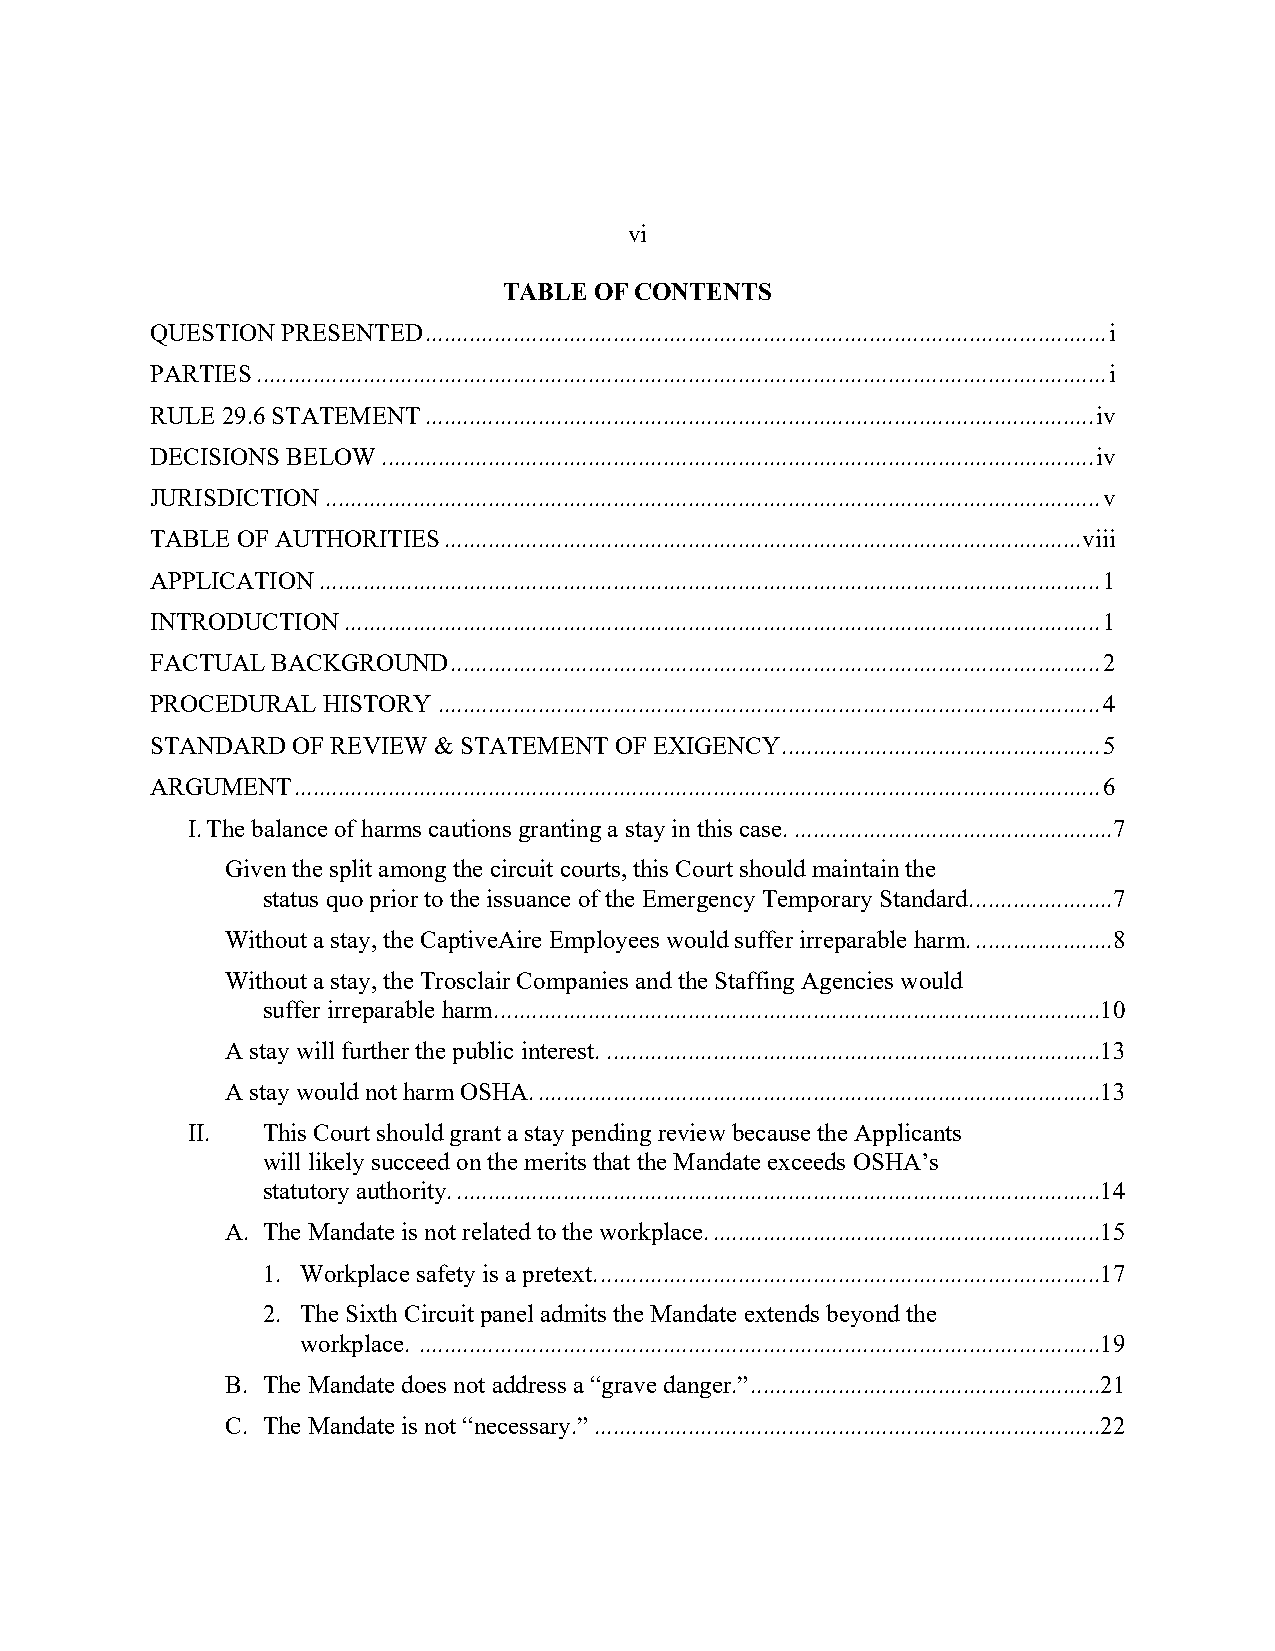
vi
 TABLE OF CONTENTS
 QUESTION PRESENTED ............................................................................................................. i
 PARTIES ........................................................................................................................................ i
 RULE 29.6 STATEMENT ........................................................................................................... iv
 DECISIONS BELOW .................................................................................................................. iv
 JURISDICTION ............................................................................................................................ v
 TABLE OF AUTHORITIES ...................................................................................................... viii
 APPLICATION ............................................................................................................................. 1
 INTRODUCTION ......................................................................................................................... 1
 FACTUAL BACKGROUND  ........................................................................................................ 2
 PROCEDURAL HISTORY .......................................................................................................... 4
 STANDARD OF REVIEW & STATEMENT OF EXIGENCY ................................................... 5
 ARGUMENT ................................................................................................................................. 6
 I. The balance of harms cautions granting a stay in this case. ...................................................7
 Given the split among the circuit courts, this Court should maintain the
 status quo prior to the issuance of the Emergency Temporary Standard. ......................7
 Without a stay, the CaptiveAire Employees would suffer irreparable harm. ......................8
 Without a stay, the Trosclair Companies and the Staffing Agencies would
 suffer irreparable harm. ................................................................................................10
 A stay will further the public interest. ...............................................................................13
 A stay would not harm OSHA. ..........................................................................................13
 II.  This Court should grant a stay pending review because the Applicants
 will likely succeed on the merits that the Mandate exceeds OSHA’s
 statutory authority. .......................................................................................................14
 A. The Mandate is not related to the workplace. ..............................................................15
 1. Workplace safety is a pretext. ................................................................................17
 2. The Sixth Circuit panel admits the Mandate extends beyond the
 workplace. .............................................................................................................19
 B. The Mandate does not address a “grave danger.” ........................................................21
 C. The Mandate is not “necessary.” .................................................................................22